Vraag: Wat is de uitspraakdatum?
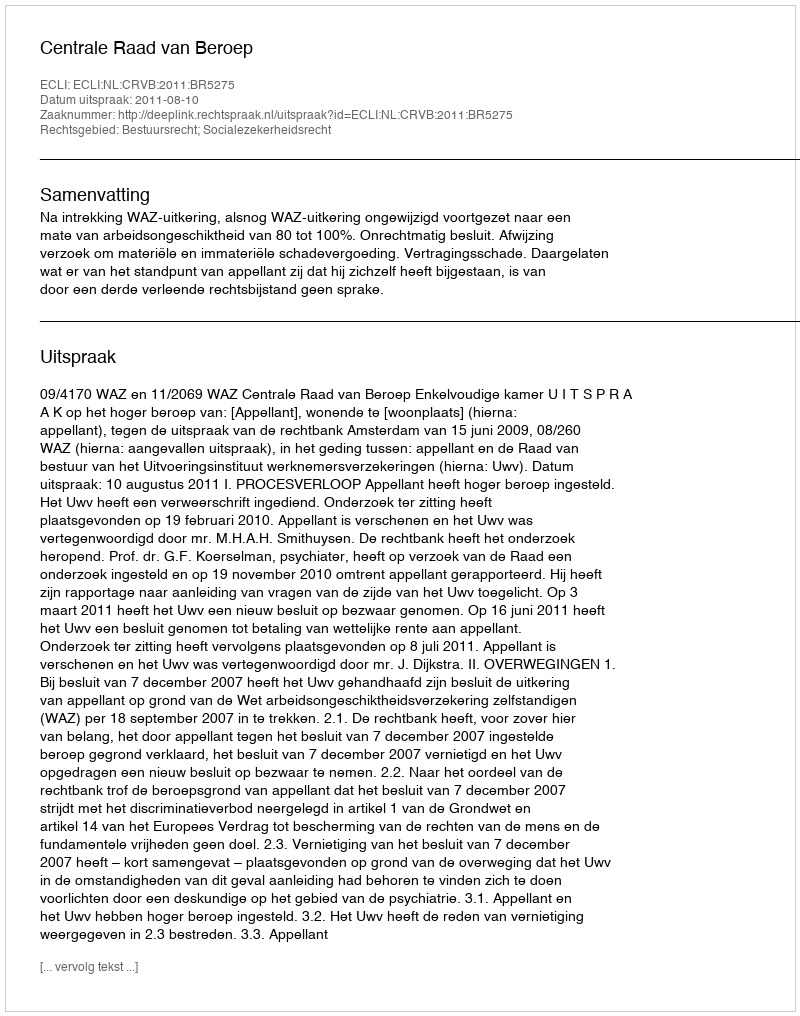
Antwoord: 2011-08-10